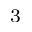
^ 3